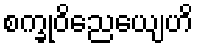
စက္ခုဝိညေယျေဟိ